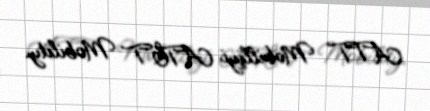
ATT Mobilliyi AT&T Mobility.